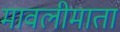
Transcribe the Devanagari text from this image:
मावलीमाता